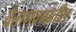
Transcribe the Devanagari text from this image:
वैतागवनातील